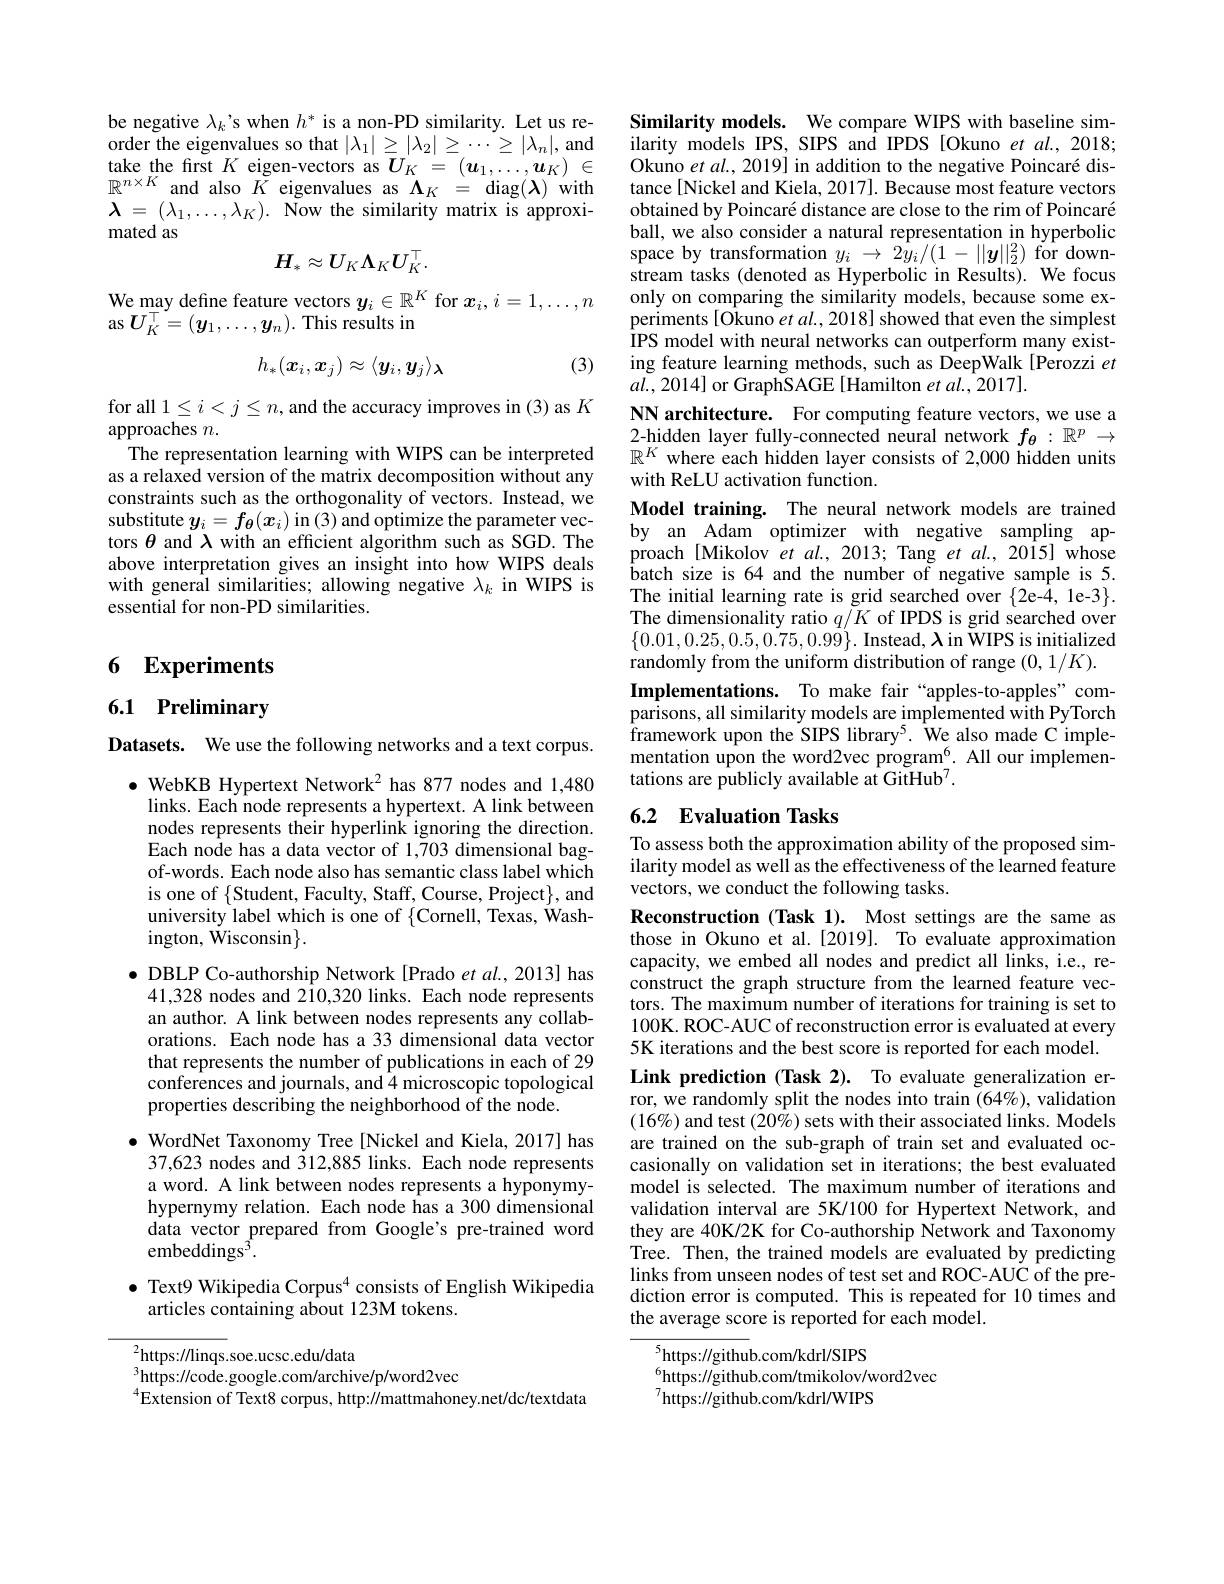
be negative $\lambda_k’$s when $h^*$ is a non-PD similarity. Let us reorder the eigenvalues so that $|\lambda_1|\geq|\lambda_2|\geq\cdots\geq|\lambda_n|$,and $\begin{array}{rcl}\text{take the first }K&\text{eigen-vectors as }U_K&=&(\boldsymbol{u}_1,\ldots,\boldsymbol{u}_K)\in&\text{Okuno }et\:al.2019]\text{in addition to the negative Poincaré dis-}\\\mathbb{R}^{n\times K}&\text{and also }K&\text{eigenvalues as }\Lambda_K&=&\text{diag}(\boldsymbol{\lambda})\text{ with}&\text{tance[Nickel and Kiela, 2017]. Because most feature v}\end{array}$
$\boldsymbol{\lambda}=(\lambda_{1},\ldots,\lambda_{K}).$ Now the similarity matrix is approxi-
mated as
$$H_*\approx U_K\Lambda_KU_K^\top.$$
We may define feature vectors $y_i\in\mathbb{R}^K$ for $x_i,i=1,\ldots,n$
as $U_K^\top=(\boldsymbol{y}_1,\ldots,\boldsymbol{y}_n).$ This results in

(3)
$$h_*(\boldsymbol{x}_i,\boldsymbol{x}_j)\approx\langle y_i,\boldsymbol{y}_j\rangle_{\boldsymbol{\lambda}}$$
for all $1\leq i<j\leq n$, and the accuracy improves in (3) as $K$
approaches $n.$
The representation learning with WIPS can be interpreted as a relaxed version of the matrix decomposition without any constraints such as the orthogonality of vectors. Instead, we substitute $y_i=f_{\boldsymbol{\theta}}(x_i)$ in (3) and optimize the parameter vectors $\theta$ and $\lambda$ with an efficient algorithm such as SGD.The above interpretation gives an insight into how WIPS deals with general similarities; allowing negative $\lambda_k$ in WIPS is essential for non-PD similarities.

## 6 Experiments

6.1 Preliminary

Datasets. We use the following networks and a text corpus.

$\bullet$ WebKB Hypertext Network$^2$ has 877 nodes and 1,480
links. Each node represents a hypertext. A link between nodes represents their hyperlink ignoring the direction. Each node has a data vector of 1,703 dimensional bagof-words. Each node also has semantic class label which is one of {Student, Faculty, Staff, Course, Project}, and university label which is one of $\{$Cornell, Texas, Washington, Wisconsin$\}.$
$\bullet$ DBLP Co-authorship Network [Prado et al., 2013] has
41,328 nodes and 210,320 links. Each node represents an author. A link between nodes represents any collaborations. Each node has a 33 dimensional data vector that represents the number of publications in each of 29 $\hat{\text{conferences and journals, and}4}$microscopic topological properties describing the neighborhood of the node.
$\bullet$ WordNet Taxonomy Tree [Nickel and Kiela, 2017] has 37,623 nodes and 312,885 links. Each node represents a word. A link between nodes represents a hyponymyhypernymy relation. Each node has a 300 dimensional data vector prepared from Google's pre-trained word embeddings$^3.$
$\bullet$ Text9 Wikipedia Corpus$^{4}$ consists of English Wikipedia

articles containing about 123M tokens.

$^{2}$https://linqs.soe.ucsc.edu/data
$^{3}$https://code.google.com/archive/p/word2vec
$^{4}$Extension of Text8 corpus, http://mattmahoney.net/dc/textdata

Similarity models. We compare WIPS with baseline similarity models IPS, SIPS and IPDS [Okuno et al., 2018; obtained by Poincaré distance are close to the rim of Poincaré ball, we also consider a natural representation in hyperbolic space by transformation $y_i\to2\hat{y}_i/(1-||\boldsymbol{y}||_2^2)$ for downstream tasks (denoted as Hyperbolic in Results). We focus only on comparing the similarity models, because some experiments [Okuno et al., 2018] showed that even the simplest IPS model with neural networks can outperform many existing feature learning methods, such as DeepWalk [Perozzi et $al.,2014]$ or GraphSAGE [Hamilton et al., 2017].
NN architecture. For computing feature vectors, we use a

$\begin{array}{l}\text{2-hidden layer fully-connected neural network }f_{\theta}:\mathbb{R}^p\to\\\mathbb{R}^K\text{ where each hidden layer consists of 2,000 hidden units}\end{array}$
with ReLU activation function.
Model training. The neural network models are trained by an Adam optimizer with negative sampling approach[Mikolov $etal.,2013;$ Tang $etal.,20\hat{1}5]$ whose batch size is 64 and the number of negative sample is 5. The initial learning rate is grid searched over {2e-4,1e-3}. The dimensionality ratio $q/K$ of IPDS is grid searched over $\{0.01,0.25,0.5,0.75,0.99\}.$ Instead, $\lambda$ in WIPS is initialized randomly from the uniform distribution of range $(0,1/K).$
Implementations. To make fair “apples-to-apples”comparisons, all similarity models are implemented with PyTorch framework upon the SIPS library$^{5}.$ We also made C implementation upon the word2vec program$^6.$ All our implementations are publicly available at GitHub$^7.$

## 6.2 Evaluation Tasks To assess both the approximation ability of the proposed sim-

ilarity model as well as the effectiveness of the learned feature
vectors, we conduct the following tasks.

Reconstruction (Task 1). Most settings are the same as those in Okuno et al.[2019]. To evaluate approximation capacity, we embed all nodes and predict all links, i.e., reconstruct the graph structure from the learned feature vectors. The maximum number of iterations for training is set to 100K. ROC-AUC of reconstruction error is evaluated at every 5K iterations and the best score is reported for each model. Link prediction (Task 2). To evaluate generalization error, we randomly split the nodes into train (64%), validation $(16\%)$ and test (20%) sets with their associated links. Models are trained on the sub-graph of train set and evaluated occasionally on validation set in iterations; the best evaluated model is selected. The maximum number of iterations and validation interval are 5K/100 for Hypertext Network, and they are 40K/2K for Co-authorship Network and Taxonomy Tree. Then, the trained models are evaluated by predicting links from unseen nodes of test set and ROC-AUC of the prediction error is computed. This is repeated for 10 times and the average score is reported for each model.

$^{5}$https://github.com/kdrl/SIPS
$^{6}$https://github.com/tmikolov/word2vec
$^{7}$https://github.com/kdrl/WIPS